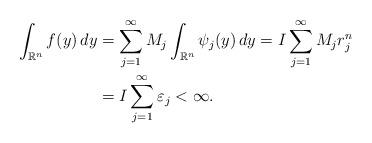
LaTeX: \begin{align*} \int_{\mathbb{R}^n} f(y)\,dy&=\sum^{\infty}_{j=1}M_j \int_{\mathbb{R}^n} \psi_j (y)\,dy=I\sum^{\infty}_{j=1} M_j r^{n}_{j}\\ &=I\sum^{\infty}_{j=1}\varepsilon_j <\infty. \end{align*}